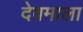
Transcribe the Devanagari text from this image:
देवमाला